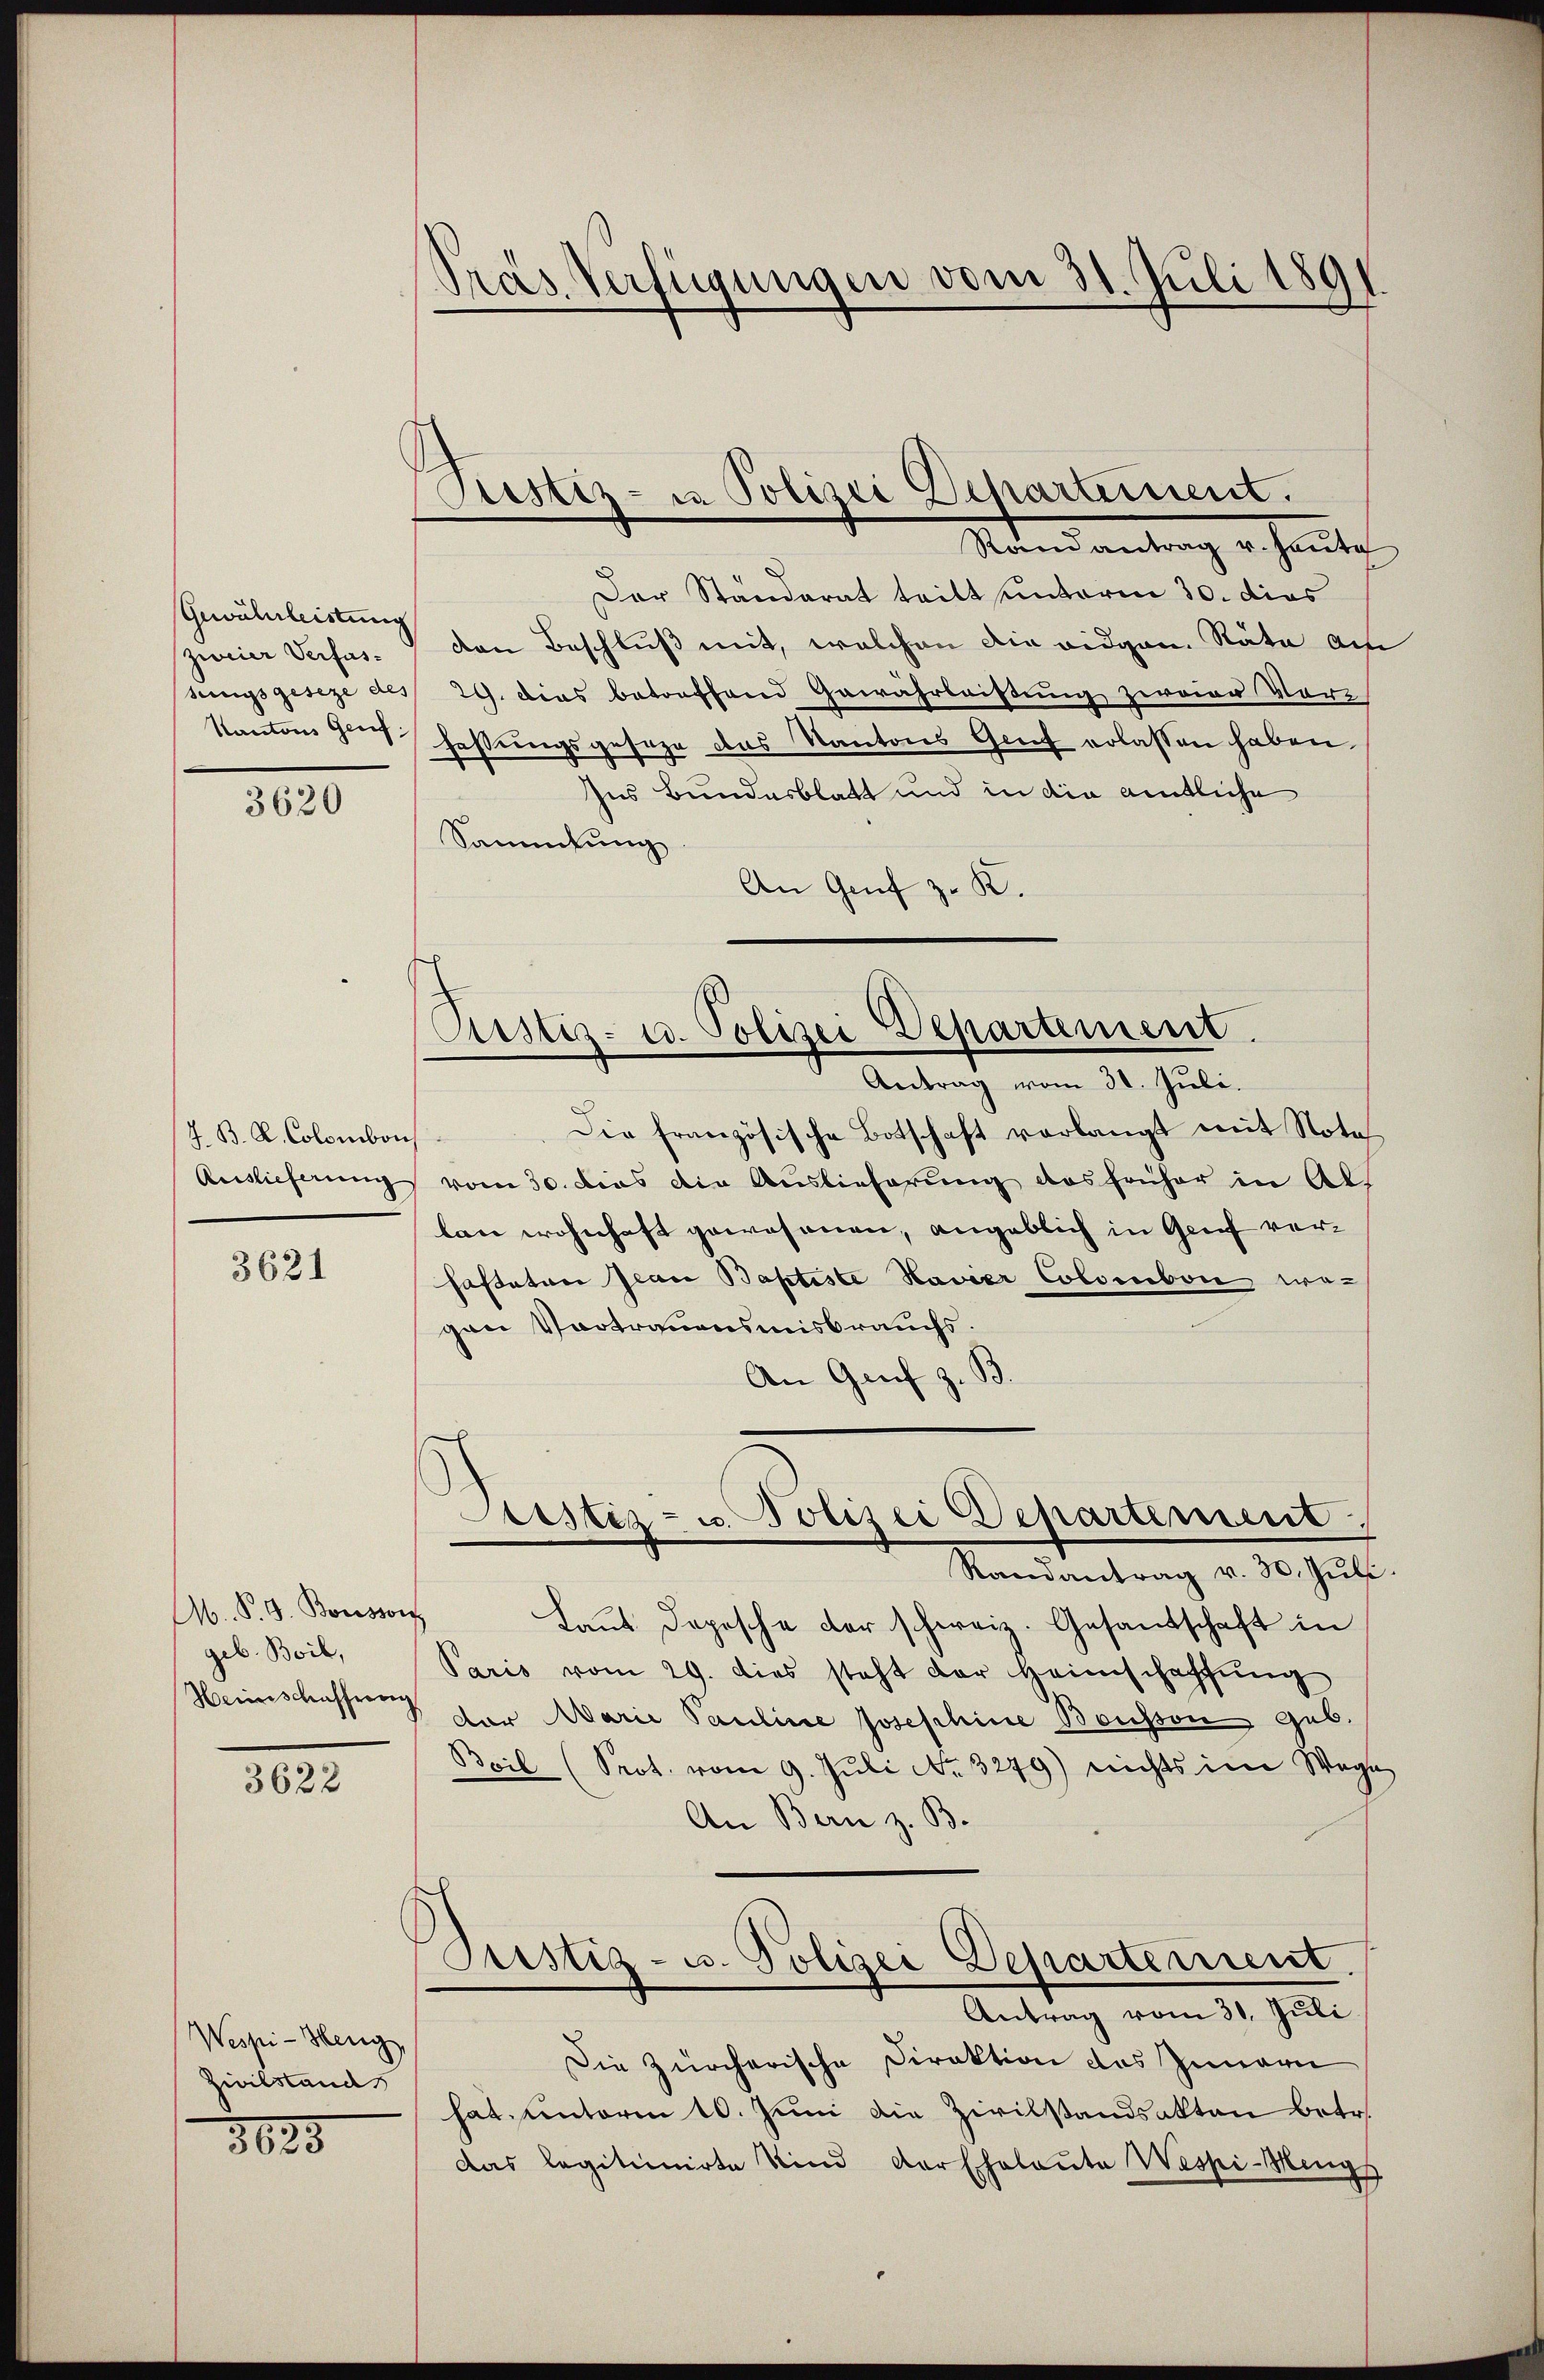
Gewährleistung
zweier Verfas¬

3620

J. B. R. Colombon

3621

A. P. G. Bousson
geb. Boil,
Heimschafferen

3622

Wespi-Heng
Zivilstand

3625

Präs. Verfügungen vom 31. Juli 189

Stand antrag er sonnte.
Der Ständerat teilt unterm 30. dies
den Beschluß mit, welchen die eidgen. Räte am
sungsgeseze des 29. dies betreffend Gewährleistung zweier Vor-
Kantons Graf Festungsgeseze des Kantons Genf erlassen haben.
Ins Bundesblatt und in die amtliche
Sammlung
An Genf z. K.

Pristiz- u Polizei Departement.

Die Französische Botschaft vorlangt mit Nota
Auslieferung vom 30. dies die Auslieferung das früher in Altan wohnhaft gewesenen, angeblich in Genf ver¬
Fasteten Jean Baptiste Havier Colombare wegen Vortrauensmisbrauchs.
An Genf z. B.

Custiz- u. Polizei Departement.
Antrag vom 30. Juli.

Erstiz- u. Polizei Departement
Randantrag v. 30. Jŭli.

Laut Depesche der schweiz. Gesandschaft in
Paris vom 29. dies steht der Heimschaffŭng
der Marie Pauline Josephine Bousson Gub.
Beil (Prot. vom 9. Jŭli No. 3279) nichts im Wege
An Bern z. B.
Justiz- u. Polizei Departement.
Antrag vom 31. Juli
Die zürcherische Direktion des Innern
hat, unterm 10. Juni die Zivilstandsakten betr.
das legitimirte Kind der Eheleute Wespi-Meng